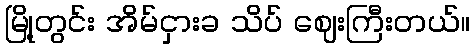
မြို့တွင်း အိမ်ငှားခ သိပ် ဈေးကြီးတယ်။